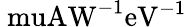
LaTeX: \mathrm{\ muAW^{-1}eV^{-1}}